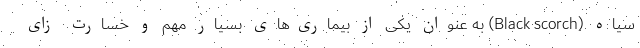
سیاه (Black scorch) به عنوان یکی از بیماری‌های بسیار مهم و خسارت زای